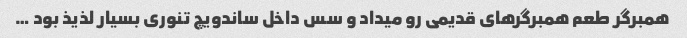
همبرگر طعم همبرگرهای قدیمی رو میداد و سس داخل ساندویچ تنوری بسیار لذیذ بود …